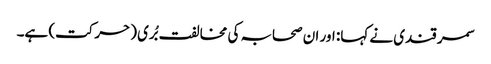
سمر قندی نے کہا: اور ان صحابہ کی مخالفت بُری (حرکت) ہے۔